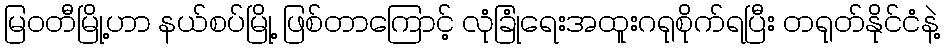
မြဝတီမြို့ဟာ နယ်စပ်မြို့ ဖြစ်တာကြောင့် လုံခြုံရေးအထူးဂရုစိုက်ရပြီး တရုတ်နိုင်ငံနဲ့